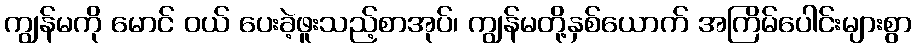
ကျွန်မကို မောင် ဝယ် ပေးခဲ့ဖူးသည့်စာအုပ်၊ ကျွန်မတို့နှစ်ယောက် အကြိမ်ပေါင်းများစွာ